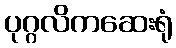
ပုဂ္ဂလိကဆေးရုံ